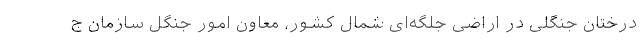
درختان جنگلی در اراضی جلگه‌ای شمال کشور، معاون امور جنگل سازمان ج